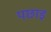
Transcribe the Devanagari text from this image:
पछाइ